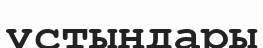
ұстындары